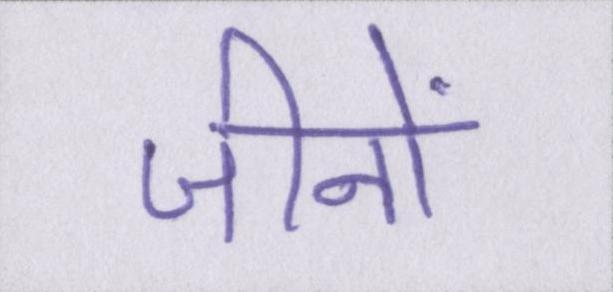
जीनों